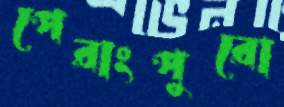
পেরাংপুরো